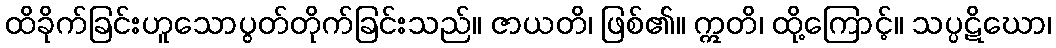
ထိခိုက်ခြင်းဟူသောပွတ်တိုက်ခြင်းသည်။ ဇာယတိ၊ ဖြစ်၏။ ဣတိ၊ ထို့ကြောင့်။ သပ္ပဋိဃော၊